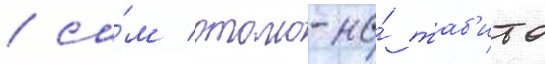
/ са́м отомо-но́ таб'ито